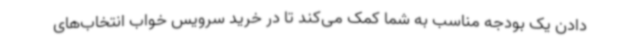
دادن یک بودجه مناسب به شما کمک می‌کند تا در خرید سرویس خواب انتخاب‌های